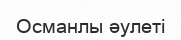
Османлы әулеті